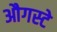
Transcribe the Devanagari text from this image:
औगस्टे